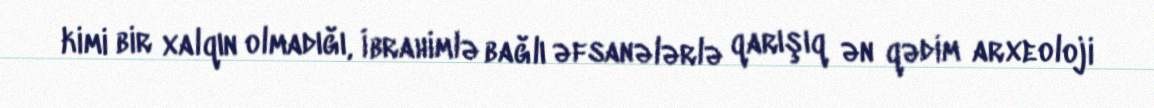
kimi bir xalqın olmadığı, İbrahimlə bağlı əfsanələrlə qarışıq ən qədim arxeoloji